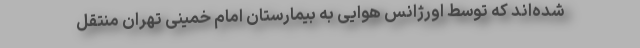
شده‌‌اند که توسط اورژانس هوایی به بیمارستان امام خمینی تهران منتقل